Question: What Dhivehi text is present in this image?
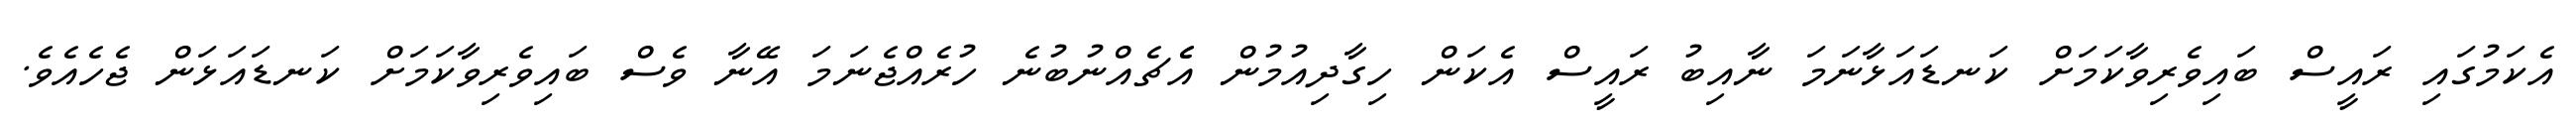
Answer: އެކަމުގައި ރައީސް ބައިވެރިވާކަމަށް ކަނޑައަޅާނަމަ ނާއިބު ރައީސް އެކަން ހިގާދިއުމުން އެެޗެއްނުބުނެ ހުރެއްޖެނަމަ އޭނާ ވެސް ބައިވެރިވާކަމަށް ކަނޑައަޅަން ޖެހެއެވެ.